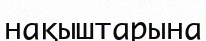
нақыштарына